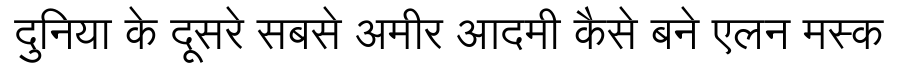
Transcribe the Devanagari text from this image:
दुनिया के दूसरे सबसे अमीर आदमी कैसे बने एलन मस्क